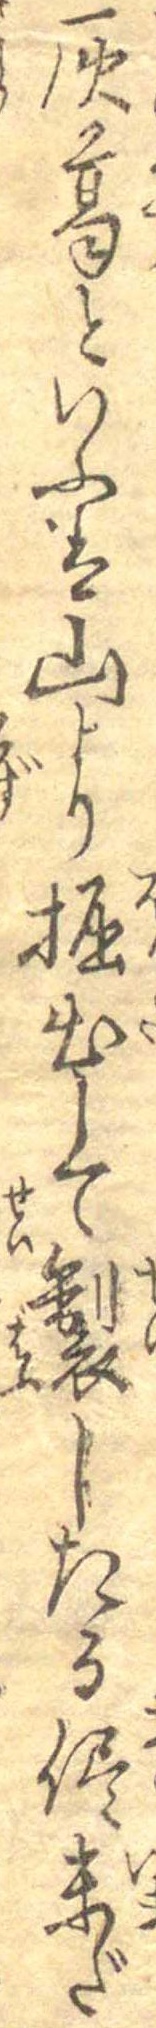
灰葛といふは山より堀出して製したる侭未だ